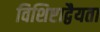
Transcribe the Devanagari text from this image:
विशिष्टाद्वैयता